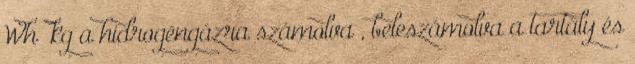
Wh kg a hidrogéngázra számolva , beleszámolva a tartály és